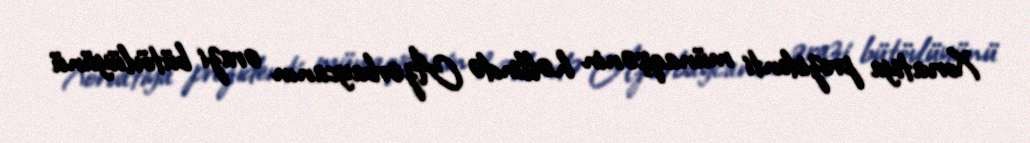
Xorvatiya prezidenti münaqişənin həllində Azərbaycanın ərazi bütövlüyünü